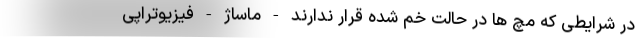
در شرایطی که مچ ها در حالت خم شده قرار ندارند - ماساژ - فیزیوتراپی